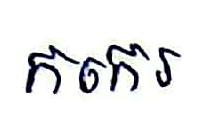
កកេរ